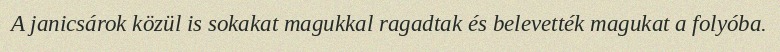
A janicsárok közül is sokakat magukkal ragadtak és belevették magukat a folyóba.